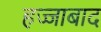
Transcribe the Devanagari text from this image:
हज्जाबाद